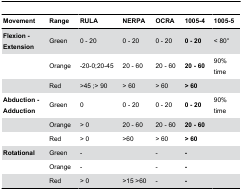
| Movement | Range | RULA | NERPA | OCRA | 1005-4 | 1005-5 |
 | --- | --- | --- | --- | --- | --- | --- |
 | Flexion - Extension | Green | 0 - 20 | 0 - 20 | 0 - 20 | 0 - 20 | < 80° |
 |  | Orange | -20-0;20-45 | 20 - 60 | 20 - 60 | 20 - 60 | 90% time |
 |  | Red | >45 ;> 90 | > 60 | > 60 | > 60 |  |
 | Abduction - Adduction | Green | 0 | 0 - 20 | 0 - 20 | 0 - 20 | 90% time |
 |  | Orange | > 0 | 20 - 60 | 20 - 60 | 20 - 60 |  |
 |  | Red | > 0 | >60 | > 60 | > 60 |  |
 | Rotational | Green | - |  | - | - |  |
 |  | Orange | - |  | - | - |  |
 |  | Red | > 0 | >15 >60 | - | - |  |